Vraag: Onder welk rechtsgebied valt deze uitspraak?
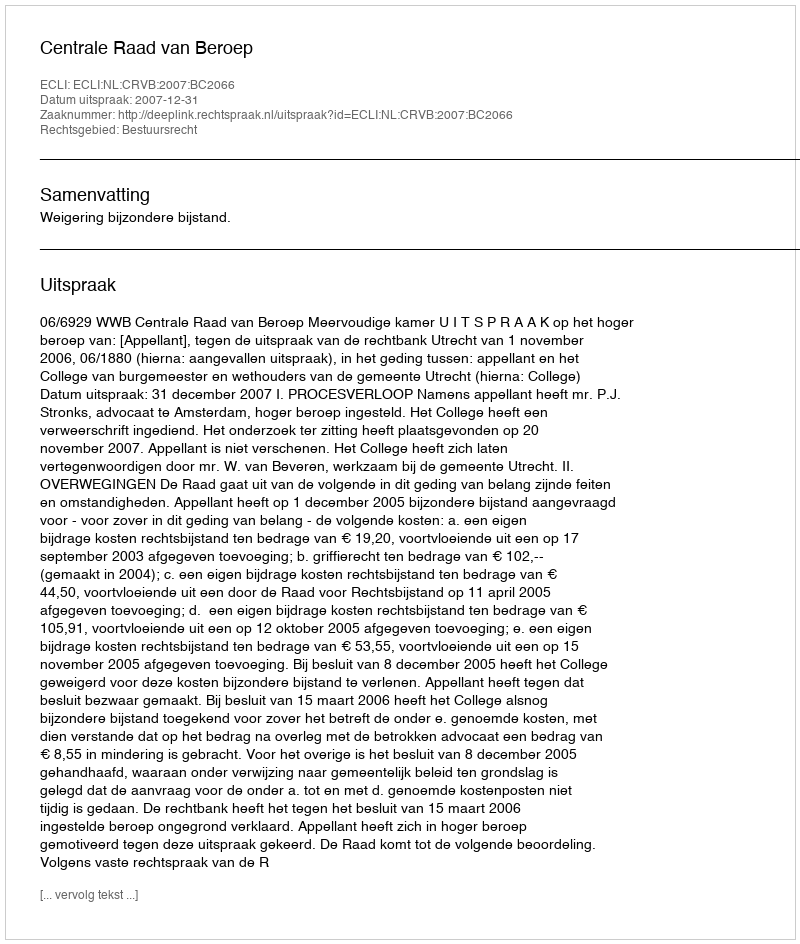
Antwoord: Bestuursrecht